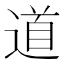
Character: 道